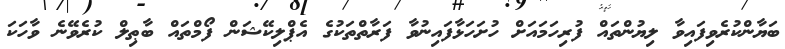
ބަޔާންކުރެވިފައިވާ ލިޔުންތައް ފުރިހަމައަށް ހުށަހަޅާފައިނުވާ ފަރާތްތަކުގެ އެޕްލިކޭޝަން ފޯމްތައް ބާޠިލް ކުރެވޭނެ ވާހަކަ